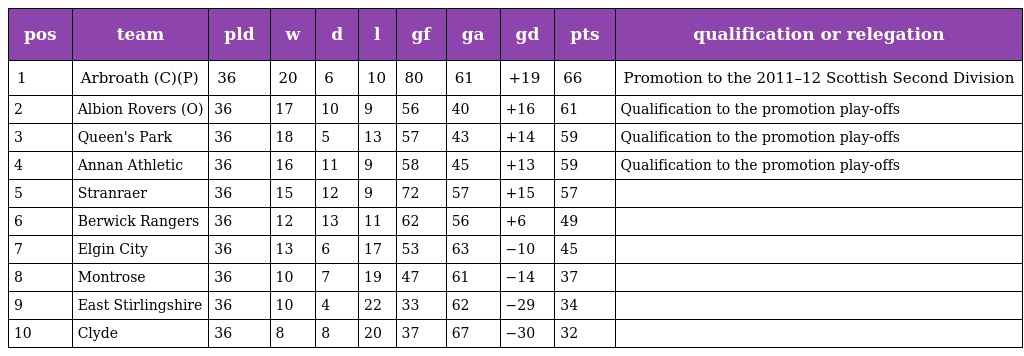
| pos | team | pld | w | d | l | gf | ga | gd | pts | qualification or relegation |
 | --- | --- | --- | --- | --- | --- | --- | --- | --- | --- | --- |
 | 1 | Arbroath (C)(P) | 36 | 20 | 6 | 10 | 80 | 61 | +19 | 66 | Promotion to the 2011–12 Scottish Second Division |
 | 2 | Albion Rovers (O) | 36 | 17 | 10 | 9 | 56 | 40 | +16 | 61 | Qualification to the promotion play-offs |
 | 3 | Queen's Park | 36 | 18 | 5 | 13 | 57 | 43 | +14 | 59 | Qualification to the promotion play-offs |
 | 4 | Annan Athletic | 36 | 16 | 11 | 9 | 58 | 45 | +13 | 59 | Qualification to the promotion play-offs |
 | 5 | Stranraer | 36 | 15 | 12 | 9 | 72 | 57 | +15 | 57 |  |
 | 6 | Berwick Rangers | 36 | 12 | 13 | 11 | 62 | 56 | +6 | 49 |  |
 | 7 | Elgin City | 36 | 13 | 6 | 17 | 53 | 63 | −10 | 45 |  |
 | 8 | Montrose | 36 | 10 | 7 | 19 | 47 | 61 | −14 | 37 |  |
 | 9 | East Stirlingshire | 36 | 10 | 4 | 22 | 33 | 62 | −29 | 34 |  |
 | 10 | Clyde | 36 | 8 | 8 | 20 | 37 | 67 | −30 | 32 |  |